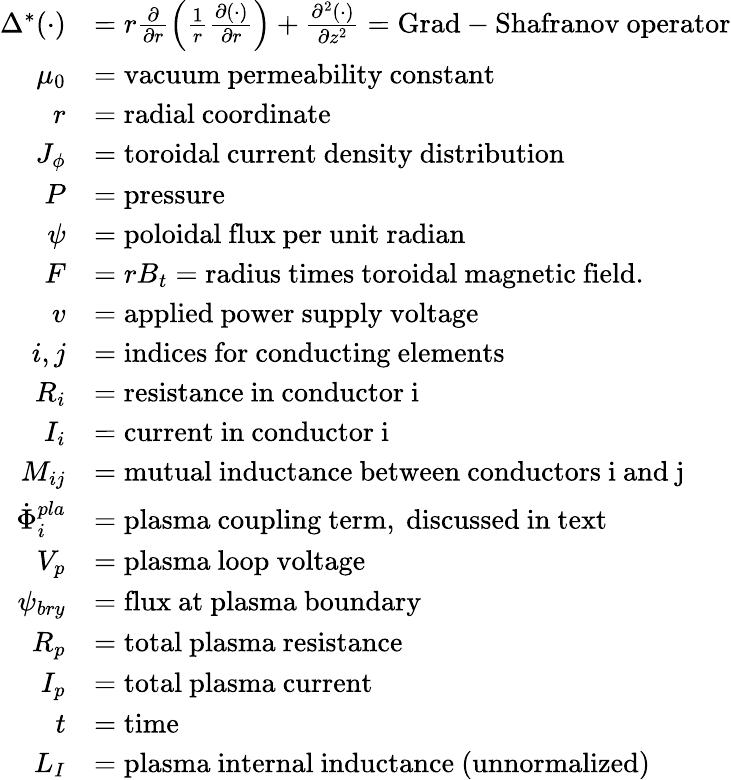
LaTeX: \begin{array}{rl}{\Delta^{*}(\cdot)}&{=r\frac{\partial}{\partial r}\left(\frac{1}{r}\frac{\partial(\cdot)}{\partial r}\right)+\frac{\partial^{2}(\cdot)}{\partial z^{2}}=\mathrm{Grad-Shafranov~operator}}\\ {\mu_{0}}&{=\mathrm{vacuum~permeability~constant}}\\ {r}&{=\mathrm{radial~coordinate}}\\ {J_{\phi}}&{=\mathrm{toroidal~current~density~distribution}}\\ {P}&{=\mathrm{pressure}}\\ {\psi}&{=\mathrm{poloidal~flux~per~unit~radian}}\\ {F}&{=rB_{t}=\mathrm{radius~times~toroidal~magnetic~field}.}\\ {v}&{=\mathrm{applied~power~supply~voltage}}\\ {i,j}&{=\mathrm{indices~for~conducting~elements}}\\ {R_{i}}&{=\mathrm{resistance~in~conductor~i}}\\ {I_{i}}&{=\mathrm{current~in~conductor~i}}\\ {M_{ij}}&{=\mathrm{mutual~inductance~between~conductors~i~and~j}}\\ {\dot{\Phi}_{i}^{pla}}&{=\mathrm{plasma~coupling~term,~discussed~in~text}}\\ {V_{p}}&{=\mathrm{plasma~loop~voltage}}\\ {\psi_{bry}}&{=\mathrm{flux~at~plasma~boundary}}\\ {R_{p}}&{=\mathrm{total~plasma~resistance}}\\ {I_{p}}&{=\mathrm{total~plasma~current}}\\ {t}&{=\mathrm{time}}\\ {L_{I}}&{=\mathrm{plasma~internal~inductance~(unnormalized)}}\end{array}